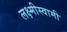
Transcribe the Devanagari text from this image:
लक्ष्मीस्वामी